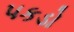
પકડો